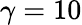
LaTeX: \gamma=10